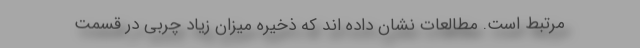
مرتبط است. مطالعات نشان داده اند که ذخیره میزان زیاد چربی در قسمت